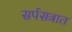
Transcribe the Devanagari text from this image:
सर्पसत्रात